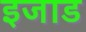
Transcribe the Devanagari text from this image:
इजाड